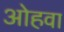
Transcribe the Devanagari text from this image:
ओहवा